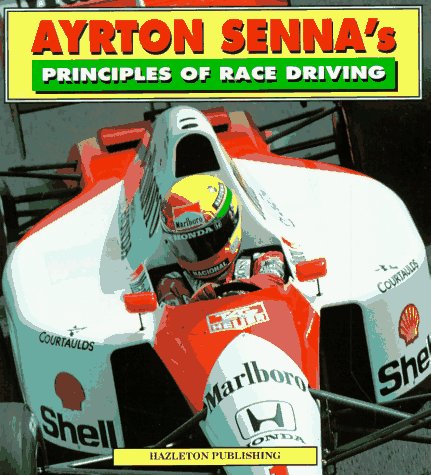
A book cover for Ayrton Senna's Principles of Race Driving; Ayrton Senna; Engineering & Transportation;